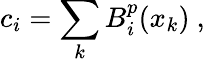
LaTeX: c_{i}=\sum_{k}B_{i}^{p}(x_{k})\mathrm{~,~}